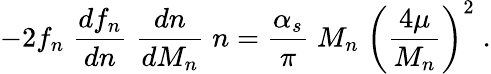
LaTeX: -2f_{n}\; \frac{df_{n}}{dn}\; \frac{dn}{dM_{n}}\; n=\frac{\alpha_{s}}{\pi}\; M_{n}\; \biggl(\frac{4\mu}{M_{n}}\biggr)^{2}\; .